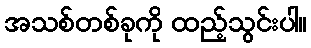
အသစ်တစ်ခုကို ထည့်သွင်းပါ။